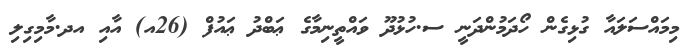
މިމައްސަލައާ ގުޅިގެން ހޯދަމުންދަނީ ސ.ހުޅުުދޫ ވައްތީނިމާގެ ޢަބްދު ޢައުފް (26އ) އާއި އދ.މާމިގިލި